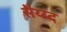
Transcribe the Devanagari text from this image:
सैय्य्द